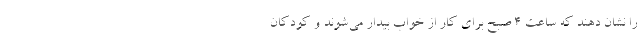
را نشان دهند که ساعت ۴ صبح برای کار از خواب بیدار می‌شوند و کودکان